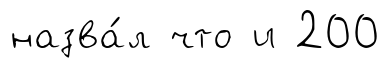
назва́л что и 200